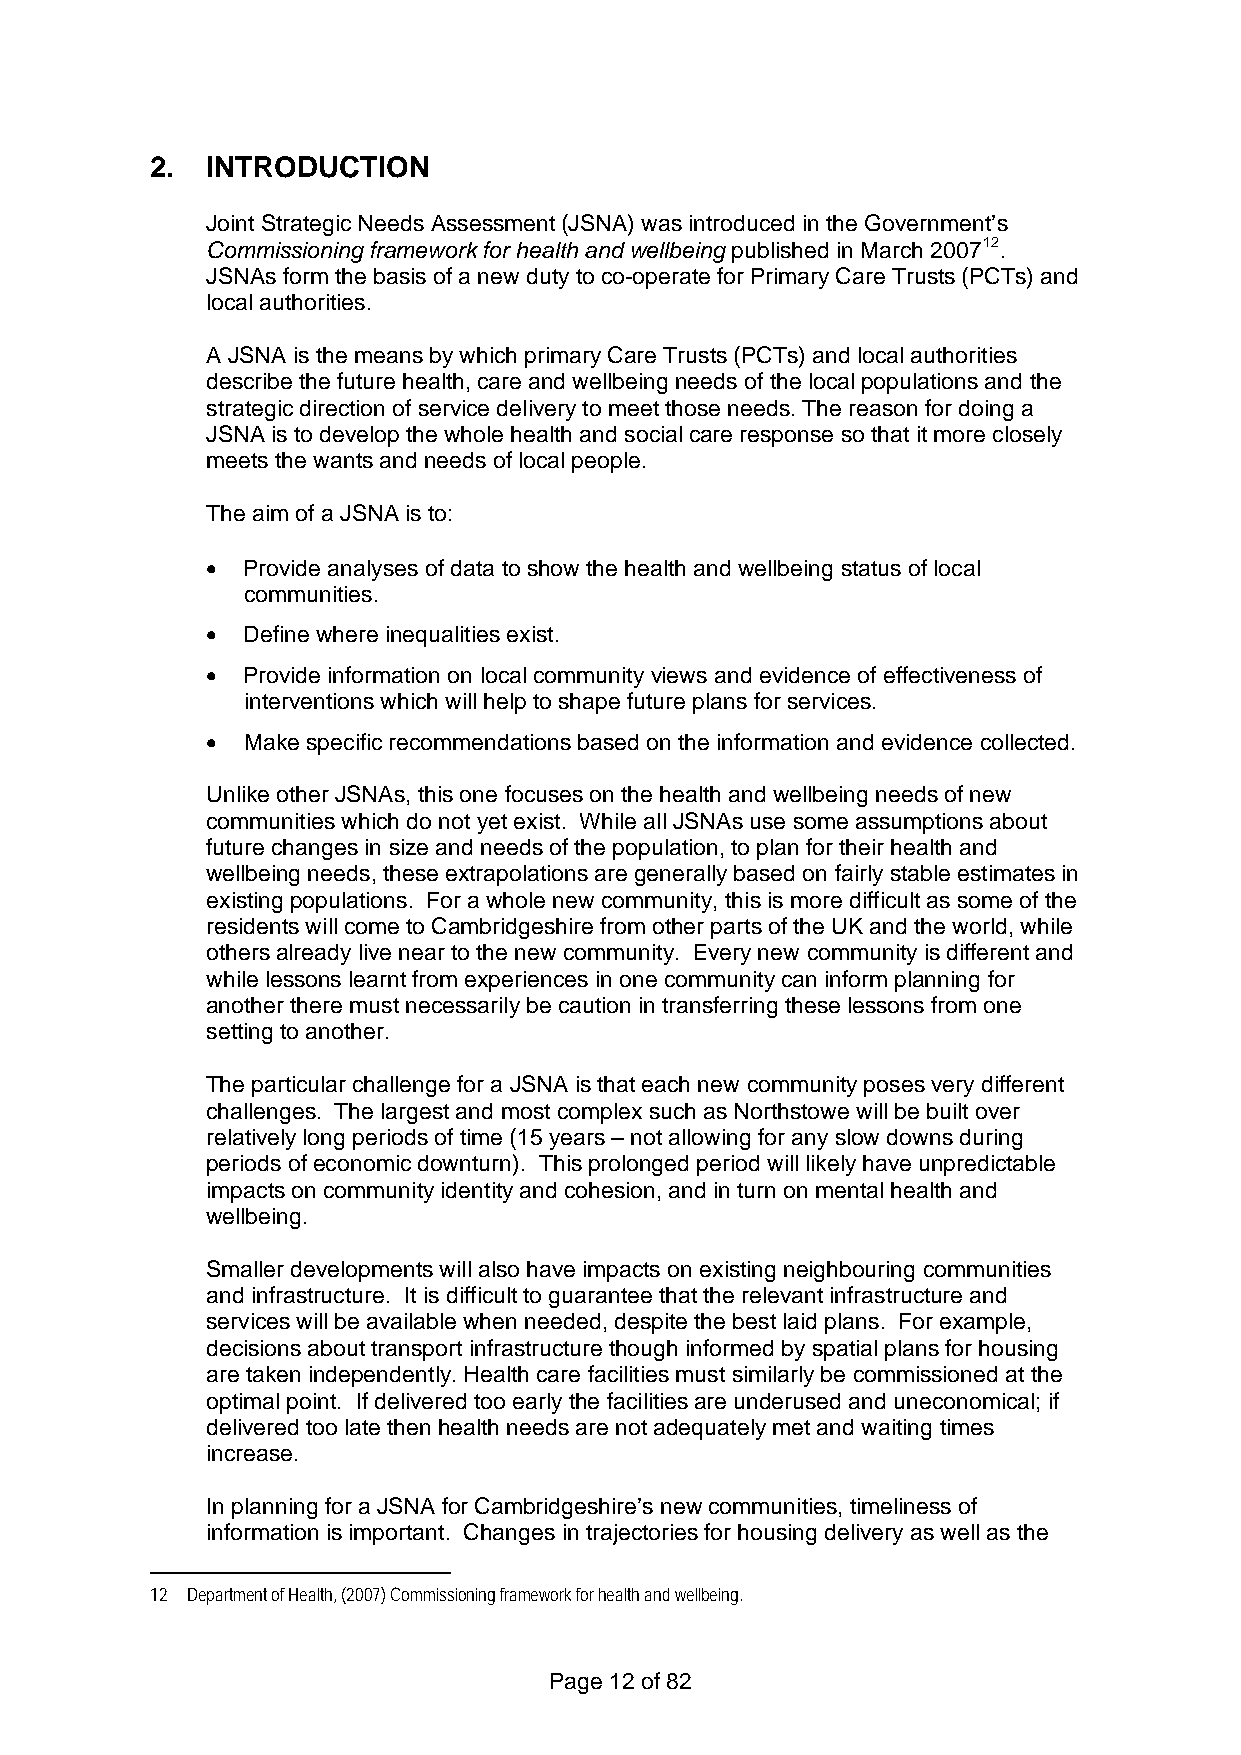
2.  INTRODUCTION
 Joint Strategic Needs Assessment (JSNA) was introduced in the Government’s
 Commissioning framework for health and wellbeing published in March 200712.
 JSNAs form the basis of a new duty to co-operate for Primary Care Trusts (PCTs) and
 local authorities.
 A JSNA is the means by which primary Care Trusts (PCTs) and local authorities
 describe the future health, care and wellbeing needs of the local populations and the
 strategic direction of service delivery to meet those needs. The reason for doing a
 JSNA is to develop the whole health and social care response so that it more closely
 meets the wants and needs of local people.
 The aim of a JSNA is to:
 • Provide analyses of data to show the health and wellbeing status of local
 communities.
 • Define where inequalities exist.
 • Provide information on local community views and evidence of effectiveness of
 interventions which will help to shape future plans for services.
 • Make specific recommendations based on the information and evidence collected.
 Unlike other JSNAs, this one focuses on the health and wellbeing needs of new
 communities which do not yet exist. While all JSNAs use some assumptions about
 future changes in size and needs of the population, to plan for their health and
 wellbeing needs, these extrapolations are generally based on fairly stable estimates in
 existing populations. For a whole new community, this is more difficult as some of the
 residents will come to Cambridgeshire from other parts of the UK and the world, while
 others already live near to the new community. Every new community is different and
 while lessons learnt from experiences in one community can inform planning for
 another there must necessarily be caution in transferring these lessons from one
 setting to another.
 The particular challenge for a JSNA is that each new community poses very different
 challenges. The largest and most complex such as Northstowe will be built over
 relatively long periods of time (15 years – not allowing for any slow downs during
 periods of economic downturn). This prolonged period will likely have unpredictable
 impacts on community identity and cohesion, and in turn on mental health and
 wellbeing.
 Smaller developments will also have impacts on existing neighbouring communities
 and infrastructure. It is difficult to guarantee that the relevant infrastructure and
 services will be available when needed, despite the best laid plans. For example,
 decisions about transport infrastructure though informed by spatial plans for housing
 are taken independently. Health care facilities must similarly be commissioned at the
 optimal point. If delivered too early the facilities are underused and uneconomical; if
 delivered too late then health needs are not adequately met and waiting times
 increase.
 In planning for a JSNA for Cambridgeshire’s new communities, timeliness of
 information is important. Changes in trajectories for housing delivery as well as the
 12 Department of Health, (2007) Commissioning framework for health and wellbeing.
 Page 12 of 82